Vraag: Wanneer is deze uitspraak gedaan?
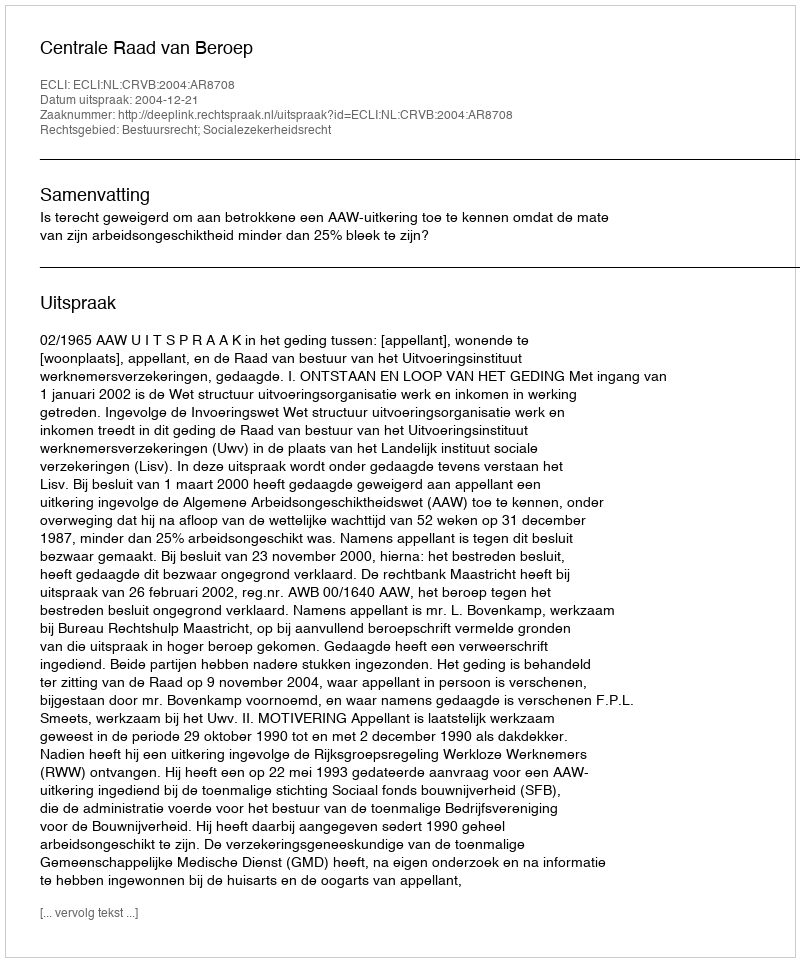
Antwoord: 2004-12-21